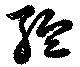
縕